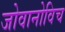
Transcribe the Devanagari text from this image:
जोवानोविच